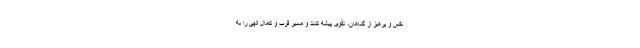
نفس و پرهیز از گناهان، تقوی پیشه کنند و مسیر قرب و کمال الهی را به